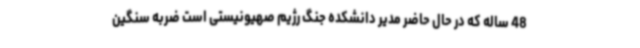
48 ساله که در حال حاضر مدیر دانشکده جنگ رژیم صهیونیستی است ضربه سنگین